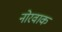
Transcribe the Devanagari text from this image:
नोरवाक